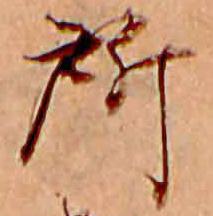
所